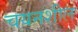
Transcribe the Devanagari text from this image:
चयनशील